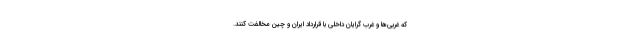
که غربی‌ها و غرب گرایان داخلی با قرارداد ایران و چین مخالفت کنند.